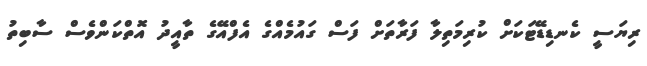
ރިޔަސީ ކެނޑިޑޭޓަކަށް ކުރިމަތިލާ ފަރާތަށް ފަސް ގައުމެއްގެ އެފްއޭގެ ތާއީދު އޮތްކަންވެސް ސާބިތު